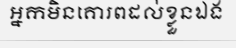
អ្នកមិនគោរពដល់ខ្លួនឯង